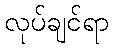
လုပ်ချင်ရာ